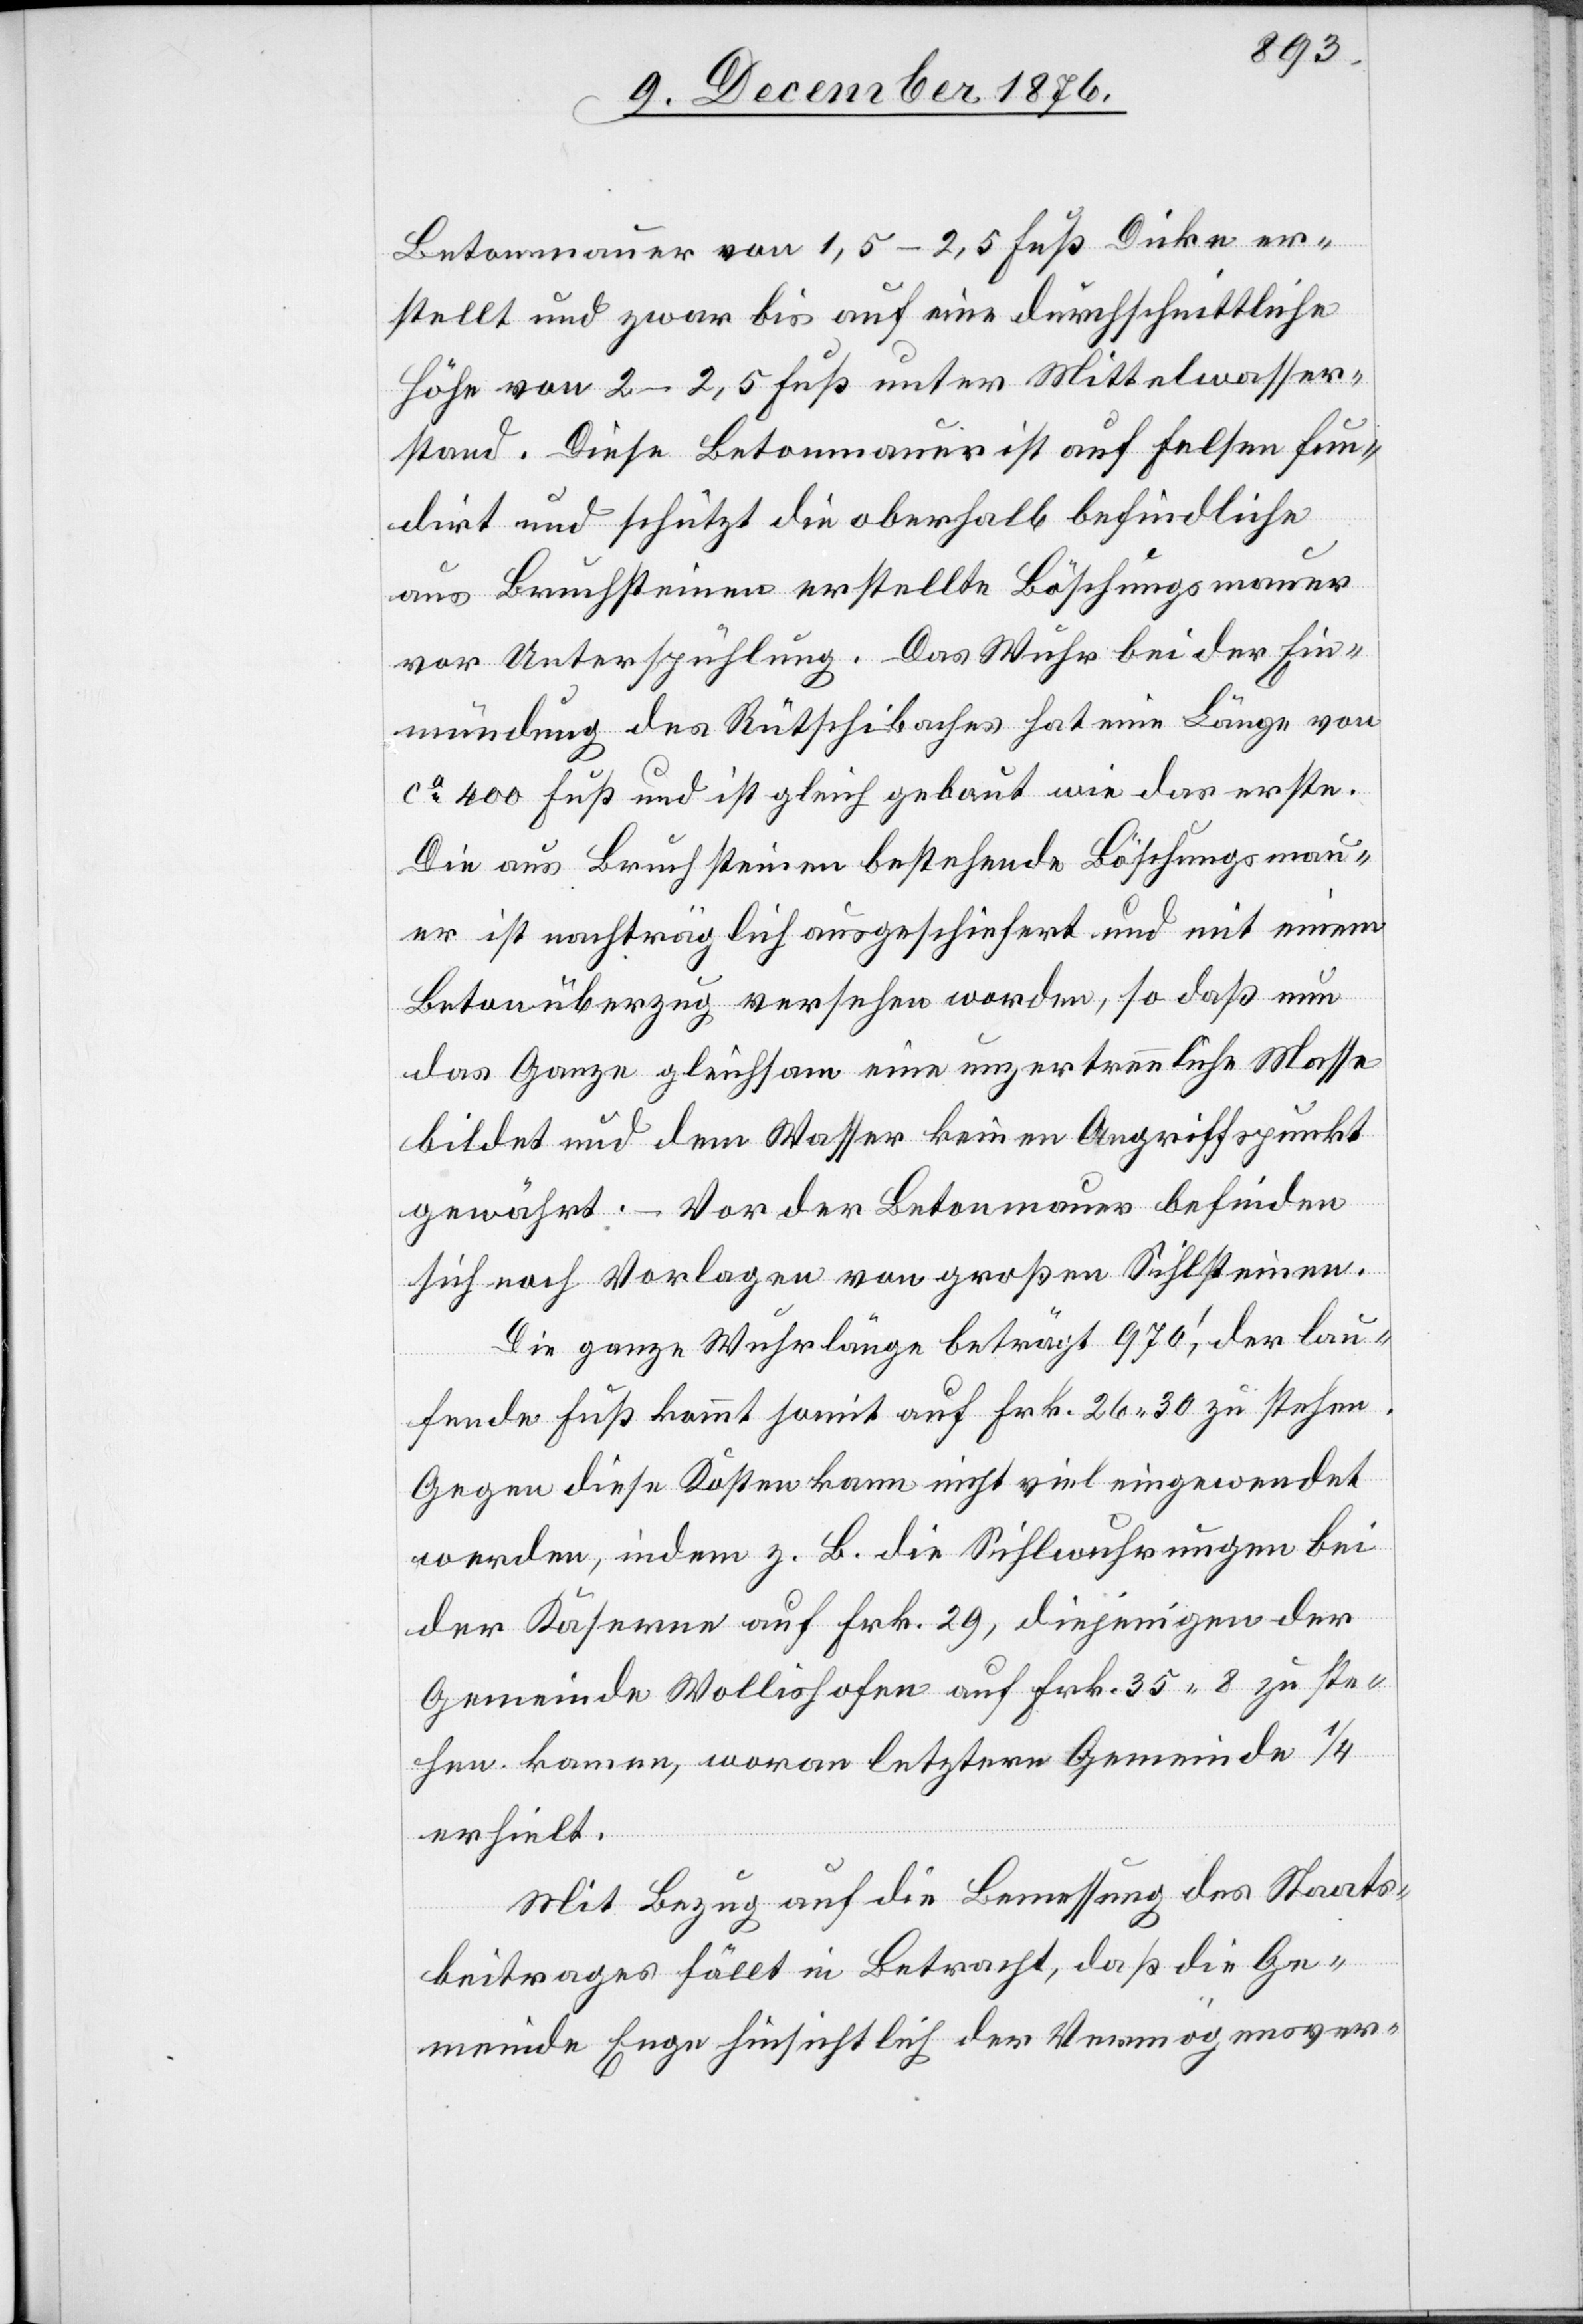
Betonmauer von 1,5–2,5 Fuß Dicke er¬
stellt und zwar bis auf eine durchschnittliche
Höhe von 2–2,5 Fuß unter Mittelwasser¬
stand. Diese Betonmauer ist auf Felsen fun¬
dirt und schützt die oberhalb befindlich
aus Bruchsteinen erstellte Böschungsmauer
vor Unterspühlung. Das Wuhr bei der Ein¬
mündung des Rütschibaches hat eine Länge von
ca 400 Fuß und ist gleich gebaut wie das erste.
Die aus Bruchsteinen bestehende Böschungsmau¬
er ist nachträglich ausgeschiefert und mit einem
Betonübergang versehen worden, so daß nun
das Ganze gleichsam eine unzertrennliche Masse
bildet und dem Wasser keinen Angriffspunkt
gewährt. – Vor der Betonmauer befinden
sich noch Vorlagen von großen Sihlsteinen.
Die ganze Wuhrlänge beträgt 970‘, der lau¬
fende Fuß kommt somit auf Frk. 26 30 zu stehen.
Gegen diese Kosten kann nicht viel eingewendet
werden, indem z. B. die Sihlwuhrungen bei
der Kaserne auf Frk. 29, diejenigen der
Gemeinde Wollishofen auf Frk. 35 8 zu ste¬
hen kamen, woran letztere Gemeinde 1/4
erhielt.
Mit Bezug auf die Bemessung des Staats¬
beitrages fällt in Betracht, daß die Ge¬
meinde Enge hinsichtlich des Vermögensver-